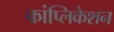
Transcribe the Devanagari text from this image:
कांप्लिकेशन